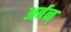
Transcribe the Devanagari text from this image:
अर्बन्